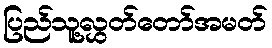
ပြည်သူ့လွှတ်တော်အမတ်